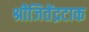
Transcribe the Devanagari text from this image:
श्रीजितेंद्रटाक